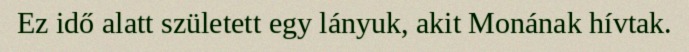
Ez idő alatt született egy lányuk, akit Monának hívtak.